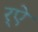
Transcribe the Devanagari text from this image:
र्‌ऐ